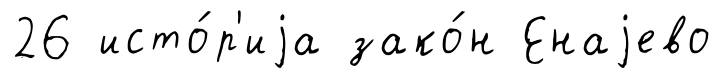
26 исто́р'иjа зако́н Енаjево